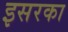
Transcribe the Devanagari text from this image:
इसरका